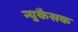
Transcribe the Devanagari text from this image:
न्युकैसक